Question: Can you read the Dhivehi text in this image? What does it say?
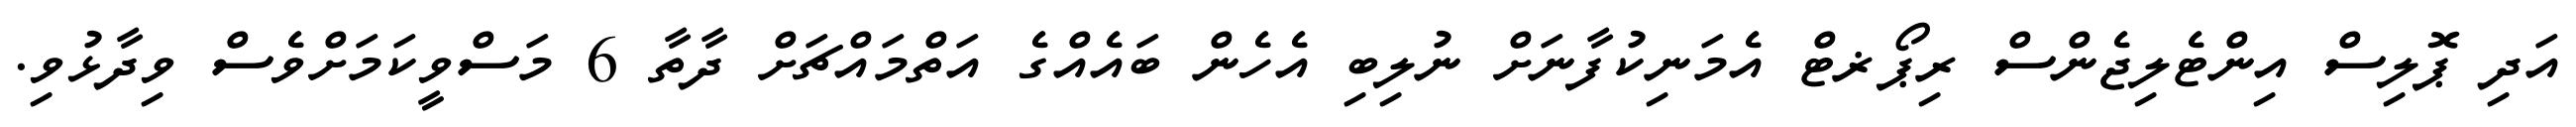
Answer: އަދި ޕޮލިސް އިންޓެލިޖެންސް ރިޕޯޜޓް އެމަނިކުފާނަށް ނުލިބި އެހެން ބައެއްގެ އަތްމައްޗަށް ދާތާ 6 މަސްވީކަމަށްވެސް ވިދާޅުވި.